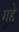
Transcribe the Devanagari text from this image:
गुद्दे